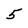
Character: 5